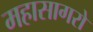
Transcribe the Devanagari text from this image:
महासागरो